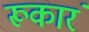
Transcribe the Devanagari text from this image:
रूकारं